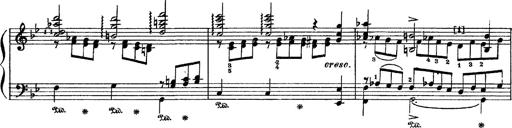
Title: Sarabande und Chaconne aus dem Singspiel
Composer: Franz Liszt